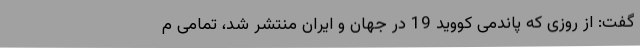
گفت: از روزی که پاندمی کووید 19 در جهان و ایران منتشر شد، تمامی م